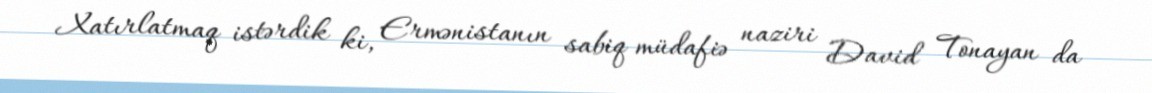
Xatırlatmaq istərdik ki, Ermənistanın sabiq müdafiə naziri David Tonayan da